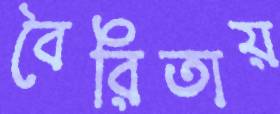
বৈরিতায়